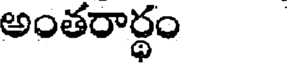
అంతరార్థం